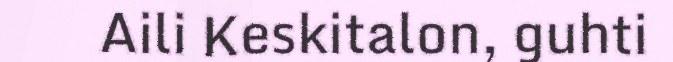
Aili Keskitalon, guhti